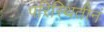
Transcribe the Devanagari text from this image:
परिस्थितीनं